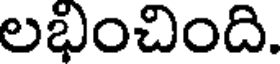
లభించింది.